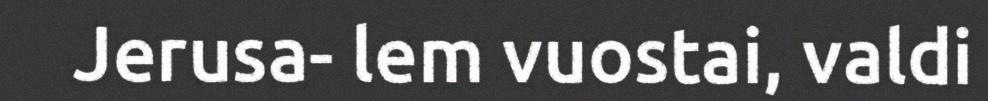
Jerusa- lem vuostai, valdi